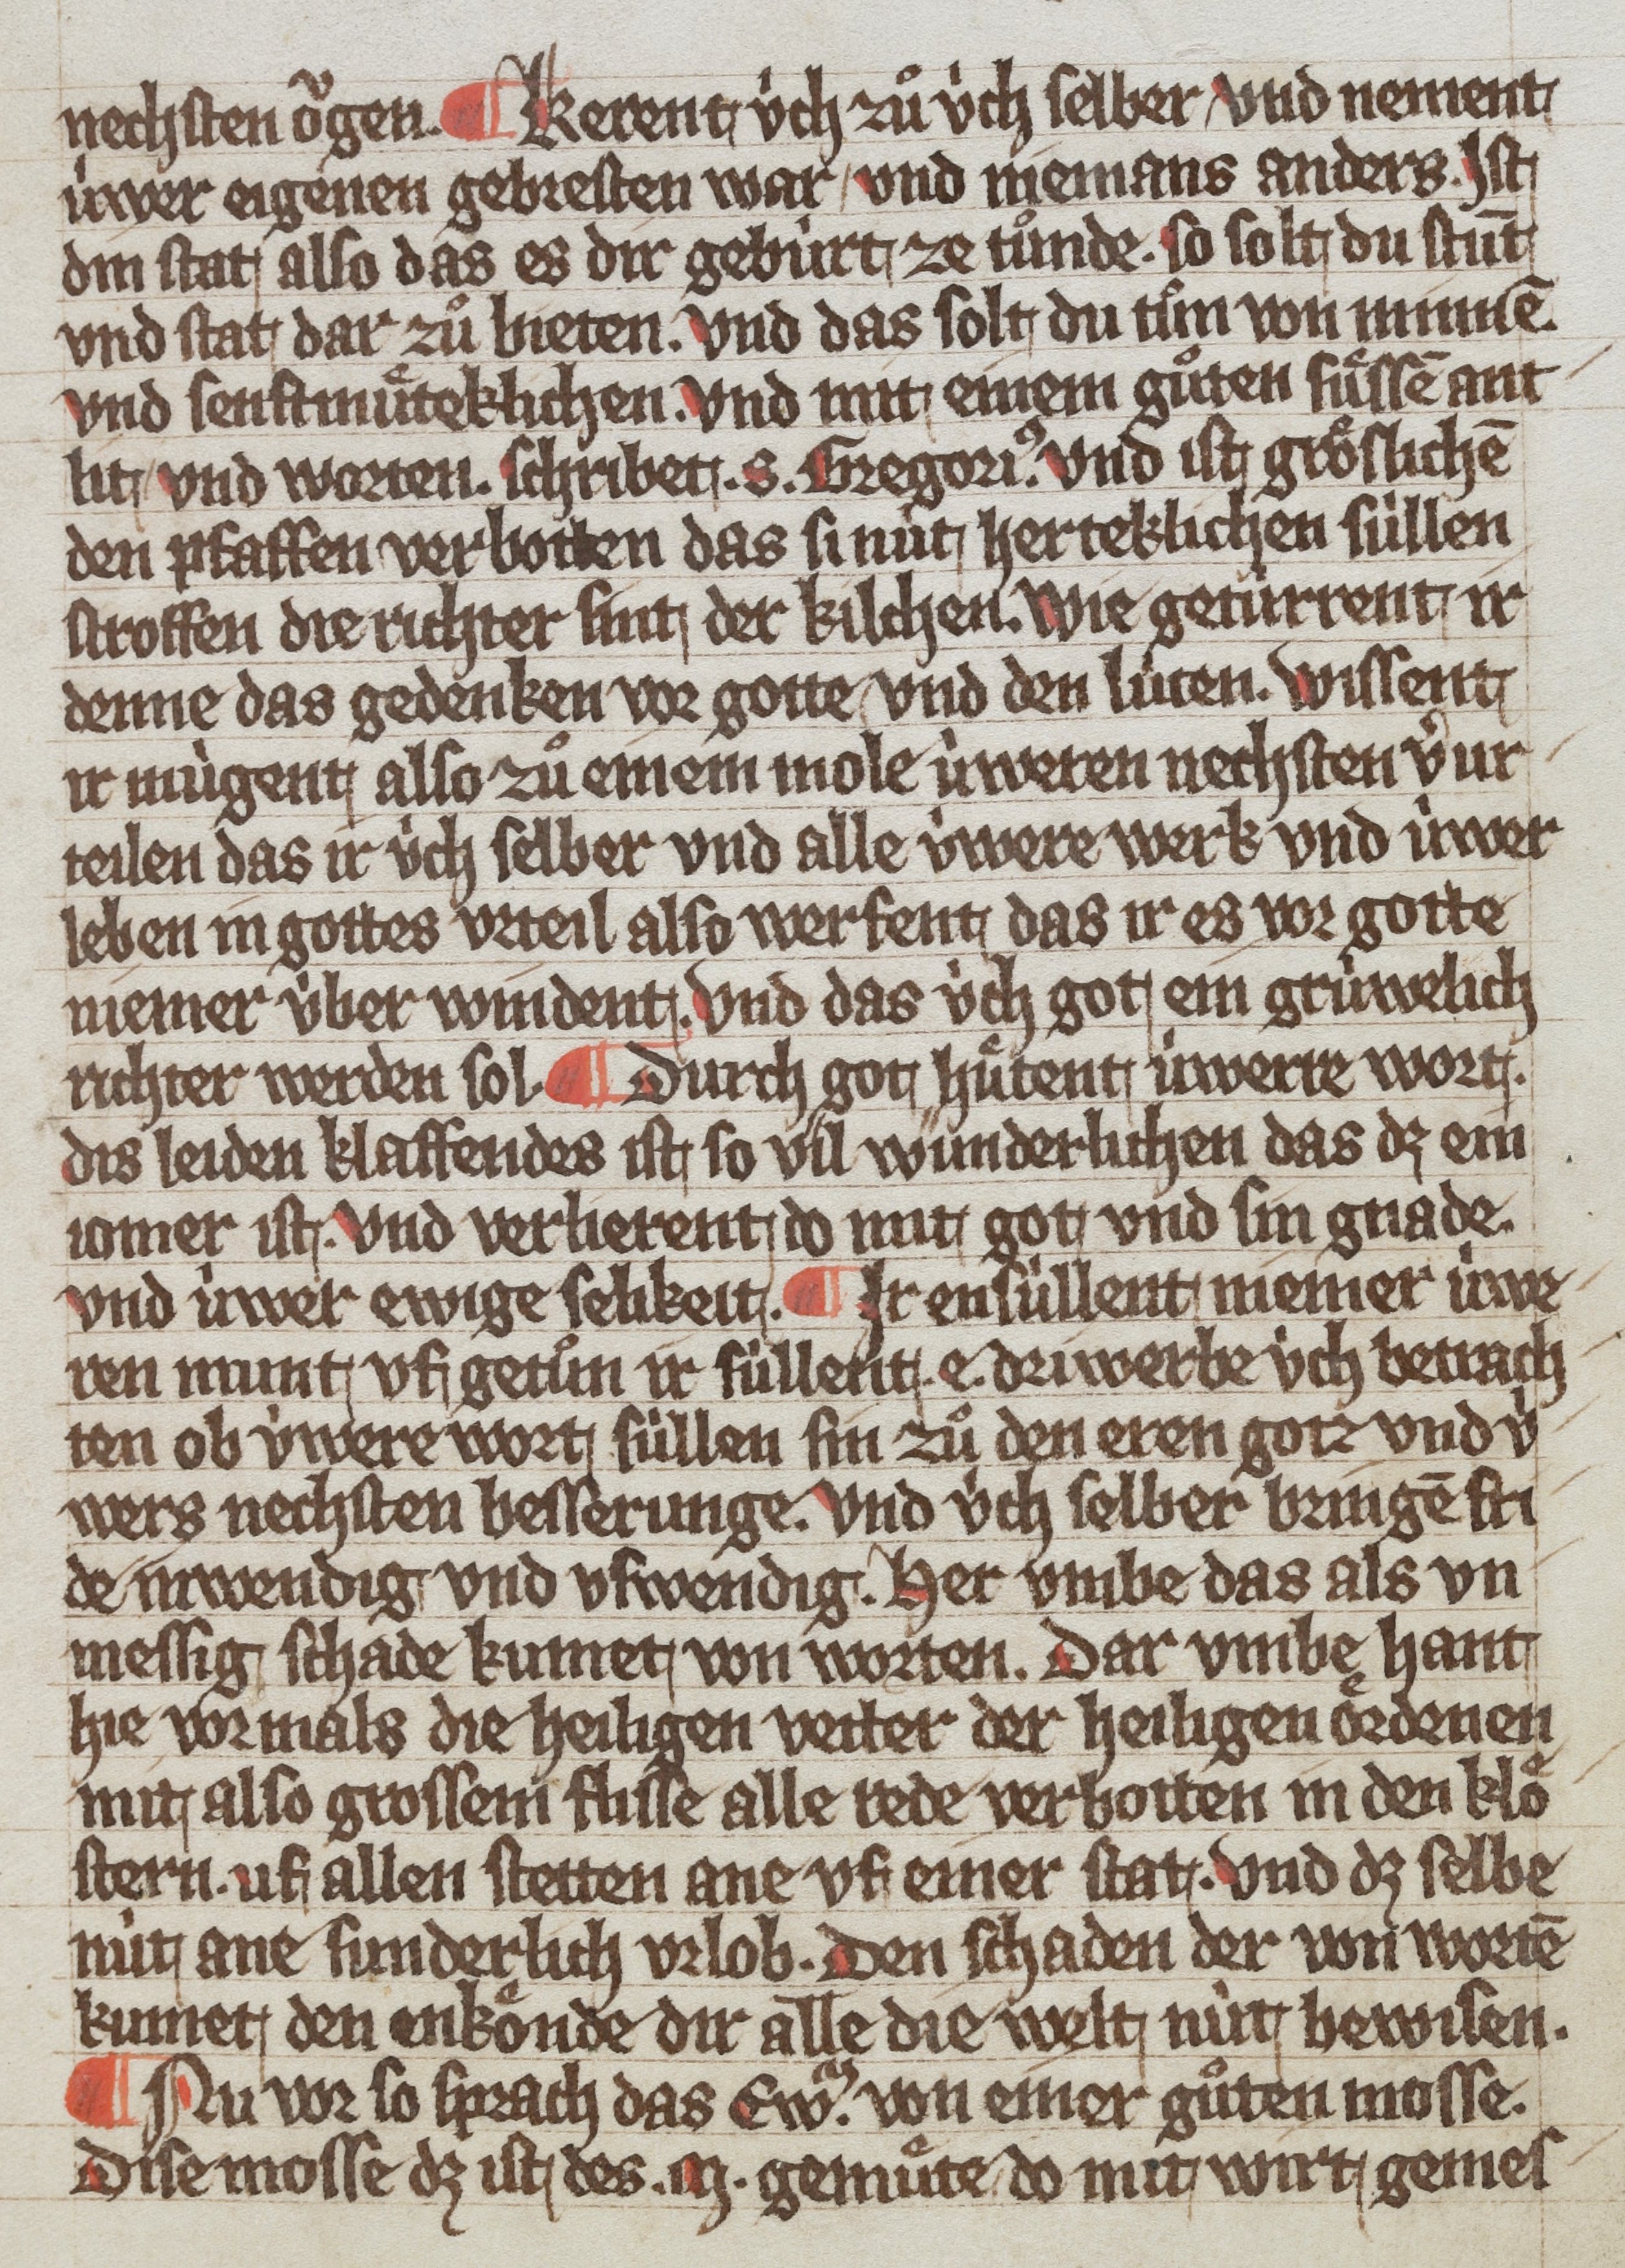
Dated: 1359–1359